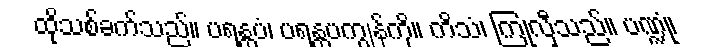
ထိုသစ်ခက်သည်။ ပရန္တပံ၊ ပရန္တပကျွန်ကို။ ကိသံ၊ ကြုံလှီသည်။ ပဏ္ဍုံ၊